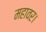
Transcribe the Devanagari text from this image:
महावर।